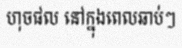
ហុចផល នៅក្នុងពេលឆាប់ៗ